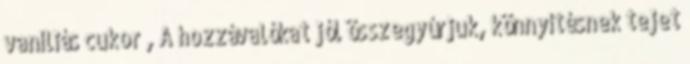
vaníliás cukor , A hozzávalókat jól összegyúrjuk, könnyítésnek tejet